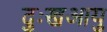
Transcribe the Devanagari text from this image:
दुःखआयु